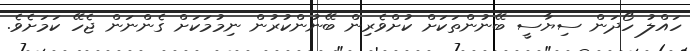
ހައްލު ހޯދަން ސިޔާސީ ބޭނުންތަކަށް ކުށްވެރިން ބޭނުންކުރުން ނިމުމަކަށް ގެންނަން ޖެހޭ ކަމަށެވެ.